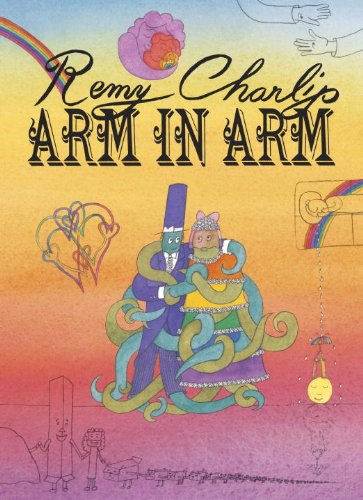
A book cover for Arm in Arm: A Collection of Connections, Endless Tales, Reiterations, and Other Echolalia; Remy Charlip; Humor & Entertainment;